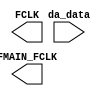
module da_ICE(da_data,FMAIN_FCLK,FCLK);  
   input [1:0] da_data;
   output 	   FMAIN_FCLK;
   output      FCLK;
   
endmodule // da_ICE